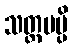
သတ္တမမ္ပိ